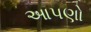
આપણો